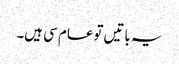
یہ باتیں توعام سی ہیں۔